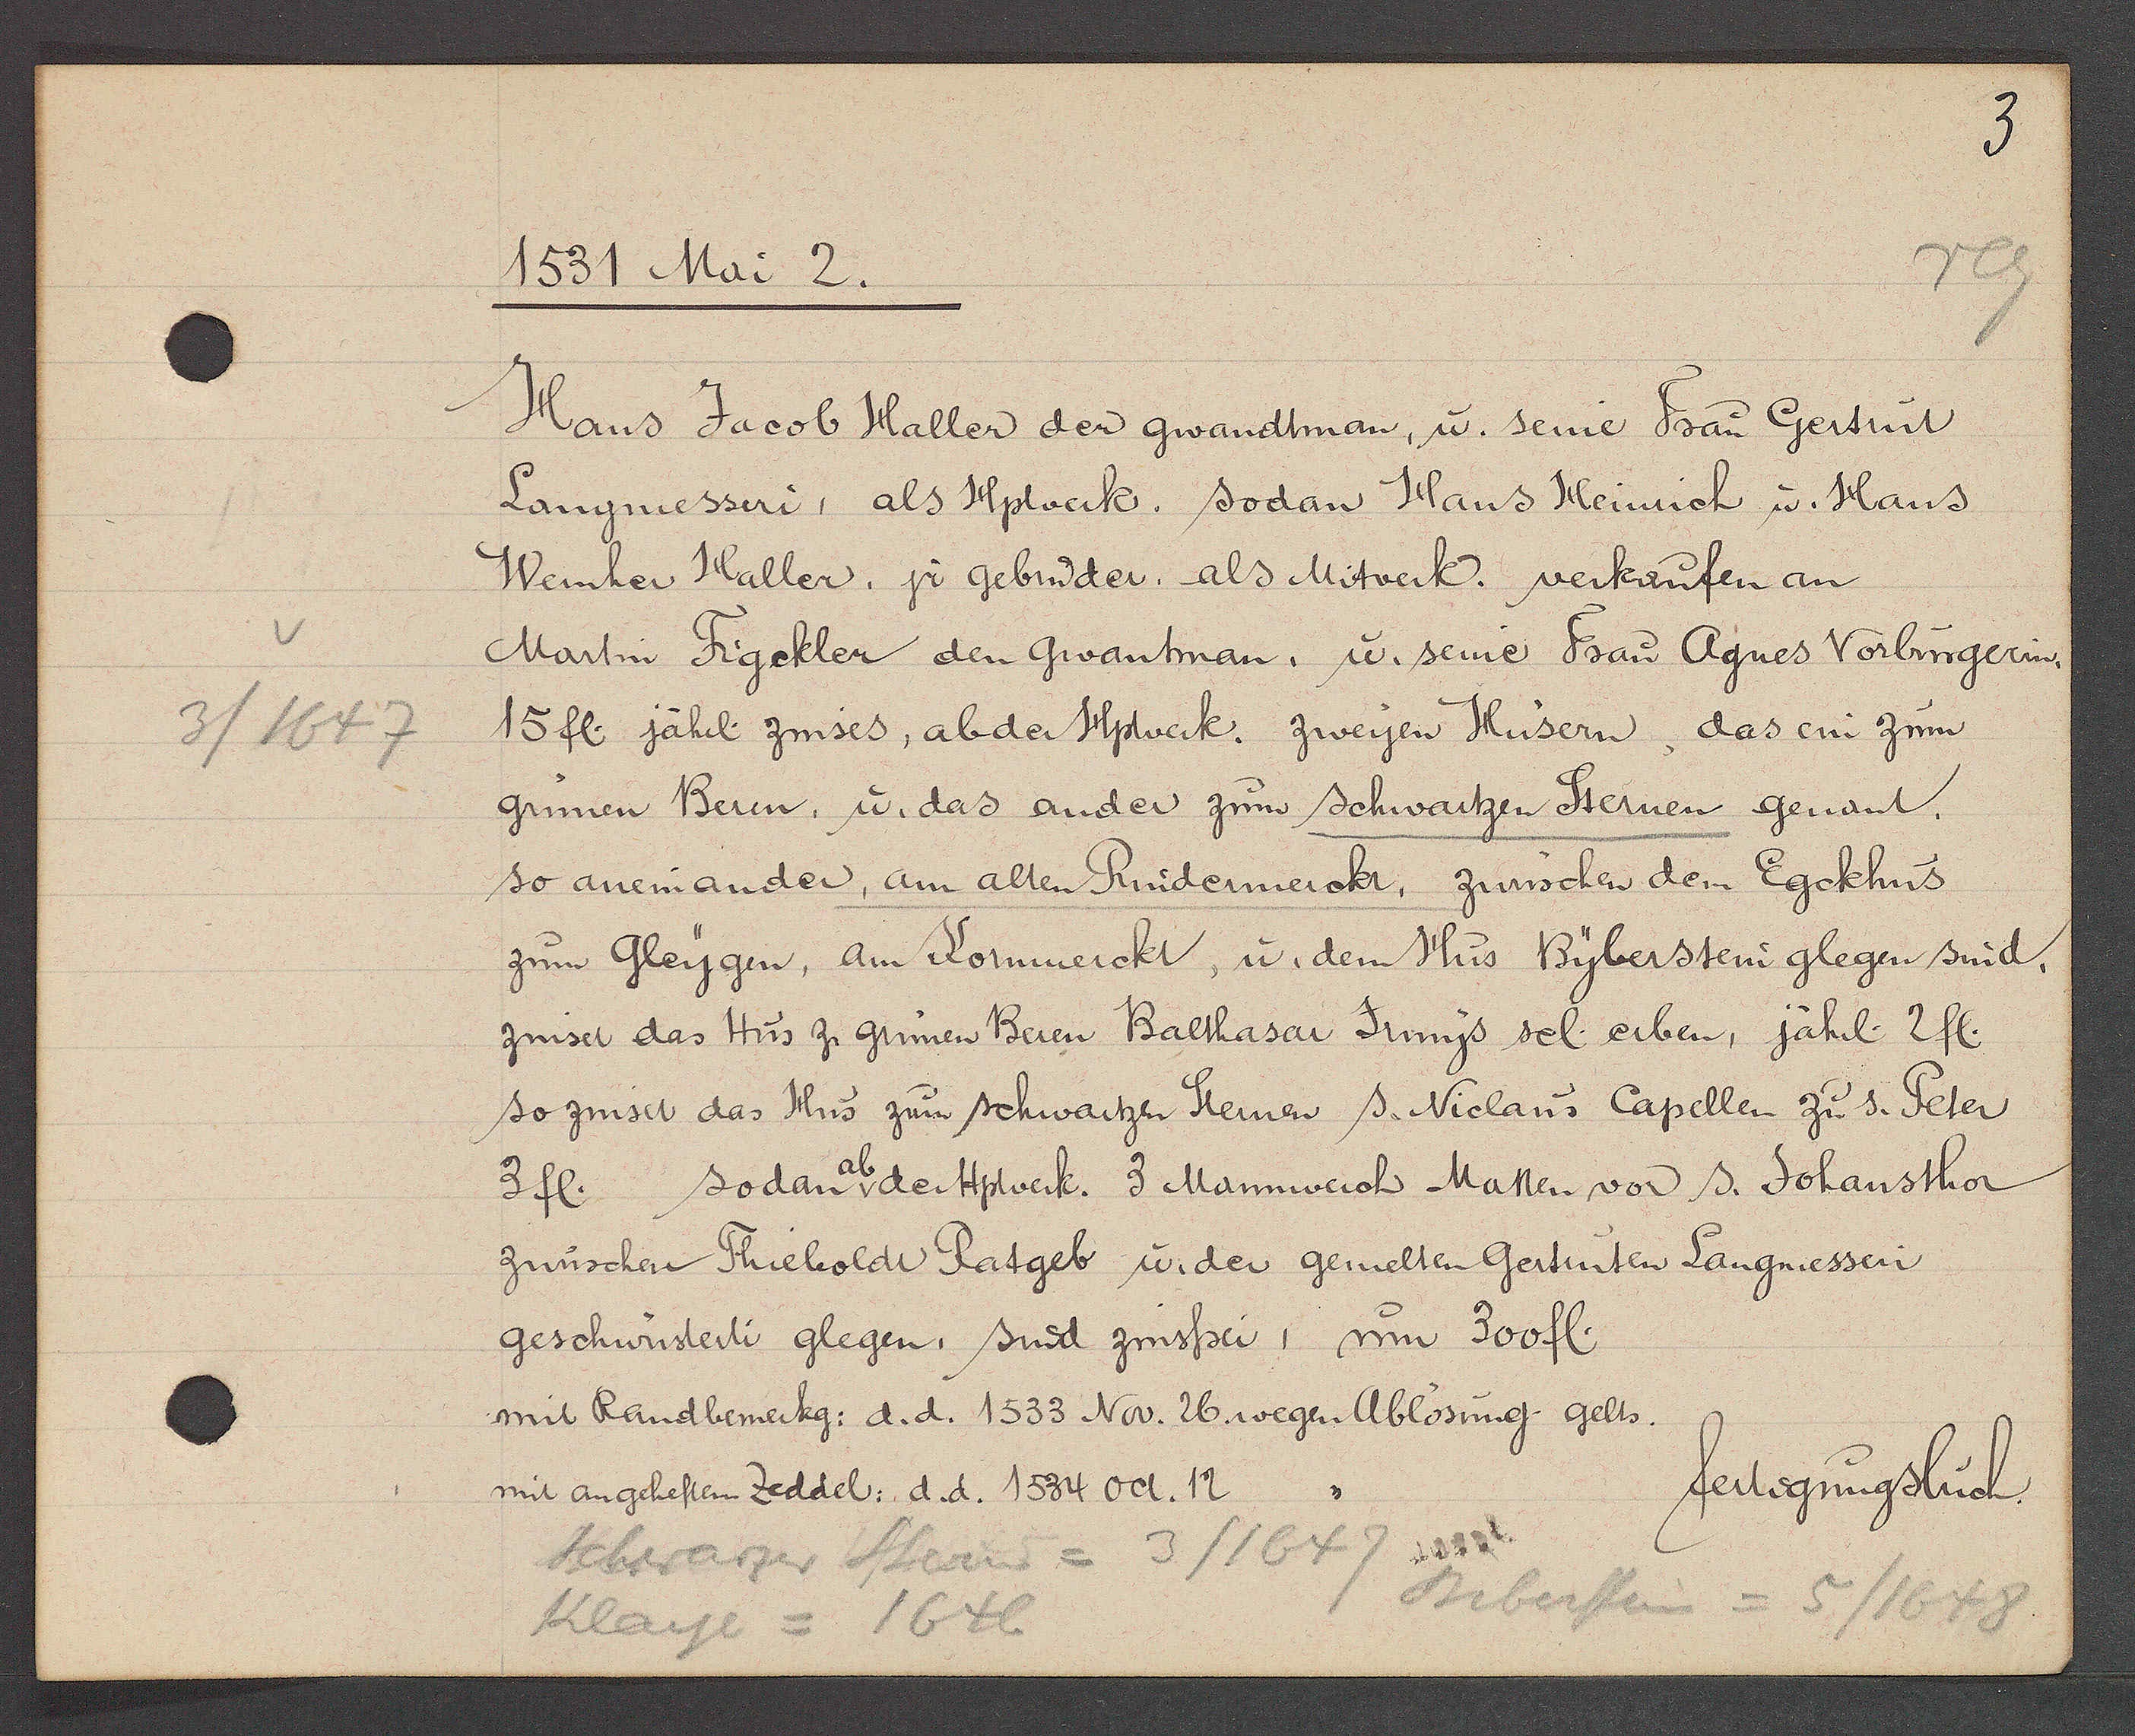
Transcript:
3/1647

1531 Mai 2.

Hans Jacob Haller der gwandtman, u. seine Frau Gertrut
Langmesseri, als Hplverk. sodan Hans Heinrich u. Hans
Wemher Haller, jr gebruder, als Mitverk. verkaufen an
Martin Figckler den Gwantman, u. seine Frau Agnes Vorbürgerin,
15 fl jährl. zinses, ab der Hptwerk. zweyen Hüsern, das ein zum
grünen Berin, u. das ander zum schwartzen Sternen genant.
so aneinander, am alten Rindermerckt, zwüschen dem Egckhus
zum Gleygen, am Kornmerckt, u. dem Hus Byberstein glegen sind,
zinset das Hus z grünen Beren Balthasar Jungs sel. erben, jährl 2 fl.
so zinset das Hus zum schwartzen Sternen s. Niclaus Capellen zu s. Peter
3 fl. sodan v der Hptverk. 3 Mannwerch Matten vor s. Johansthor
zwüschen Thiebolde Ratgeb u. der gemelten Gertruten Langmesseri
geschwusterti glegen, sind zinsfrei, um 300 fl.
mit Randbemerkg: d. d. 1533 Nov. 26 wegen Ablösung gelts.
mit angeheften Zeddel: d. d. 1534 oct. 12

fertigungsbuch.

Schwarzer Stein = 3/1647
Bebersseg
5/1648
Klage = 1646